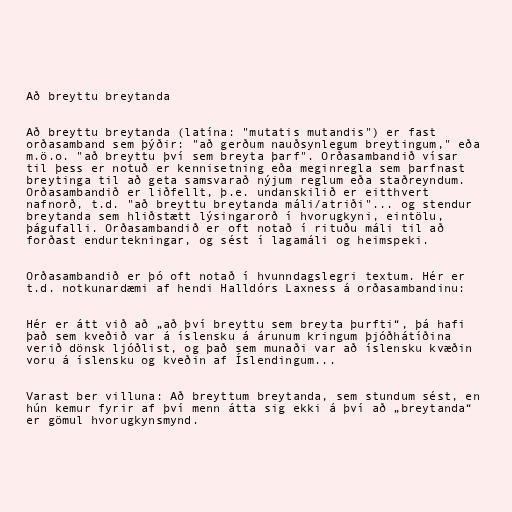
Að breyttu breytanda

Að breyttu breytanda (latína: "mutatis mutandis") er fast
orðasamband sem þýðir: "að gerðum nauðsynlegum breytingum," eða
m.ö.o. "að breyttu því sem breyta þarf". Orðasambandið vísar
til þess er notuð er kennisetning eða meginregla sem þarfnast
breytinga til að geta samsvarað nýjum reglum eða staðreyndum.
Orðasambandið er liðfellt, þ.e. undanskilið er eitthvert
nafnorð, t.d. "að breyttu breytanda máli/atriði"... og stendur
breytanda sem hliðstætt lýsingarorð í hvorugkyni, eintölu,
þágufalli. Orðasambandið er oft notað í rituðu máli til að
forðast endurtekningar, og sést í lagamáli og heimspeki.

Orðasambandið er þó oft notað í hvunndagslegri textum. Hér er
t.d. notkunardæmi af hendi Halldórs Laxness á orðasambandinu:

Hér er átt við að „að því breyttu sem breyta þurfti“, þá hafi
það sem kveðið var á íslensku á árunum kringum þjóðhátíðina
verið dönsk ljóðlist, og það sem munaði var að íslensku kvæðin
voru á íslensku og kveðin af Íslendingum...

Varast ber villuna: Að breyttum breytanda, sem stundum sést, en
hún kemur fyrir af því menn átta sig ekki á því að „breytanda“
er gömul hvorugkynsmynd.